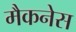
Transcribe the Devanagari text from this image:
मैकनेस